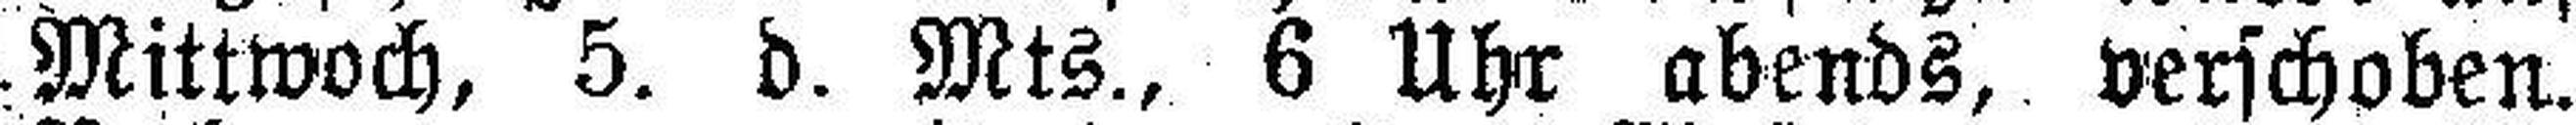
Mittwoch, 5. d. Mts., 6 Uhr abends, verschoben.